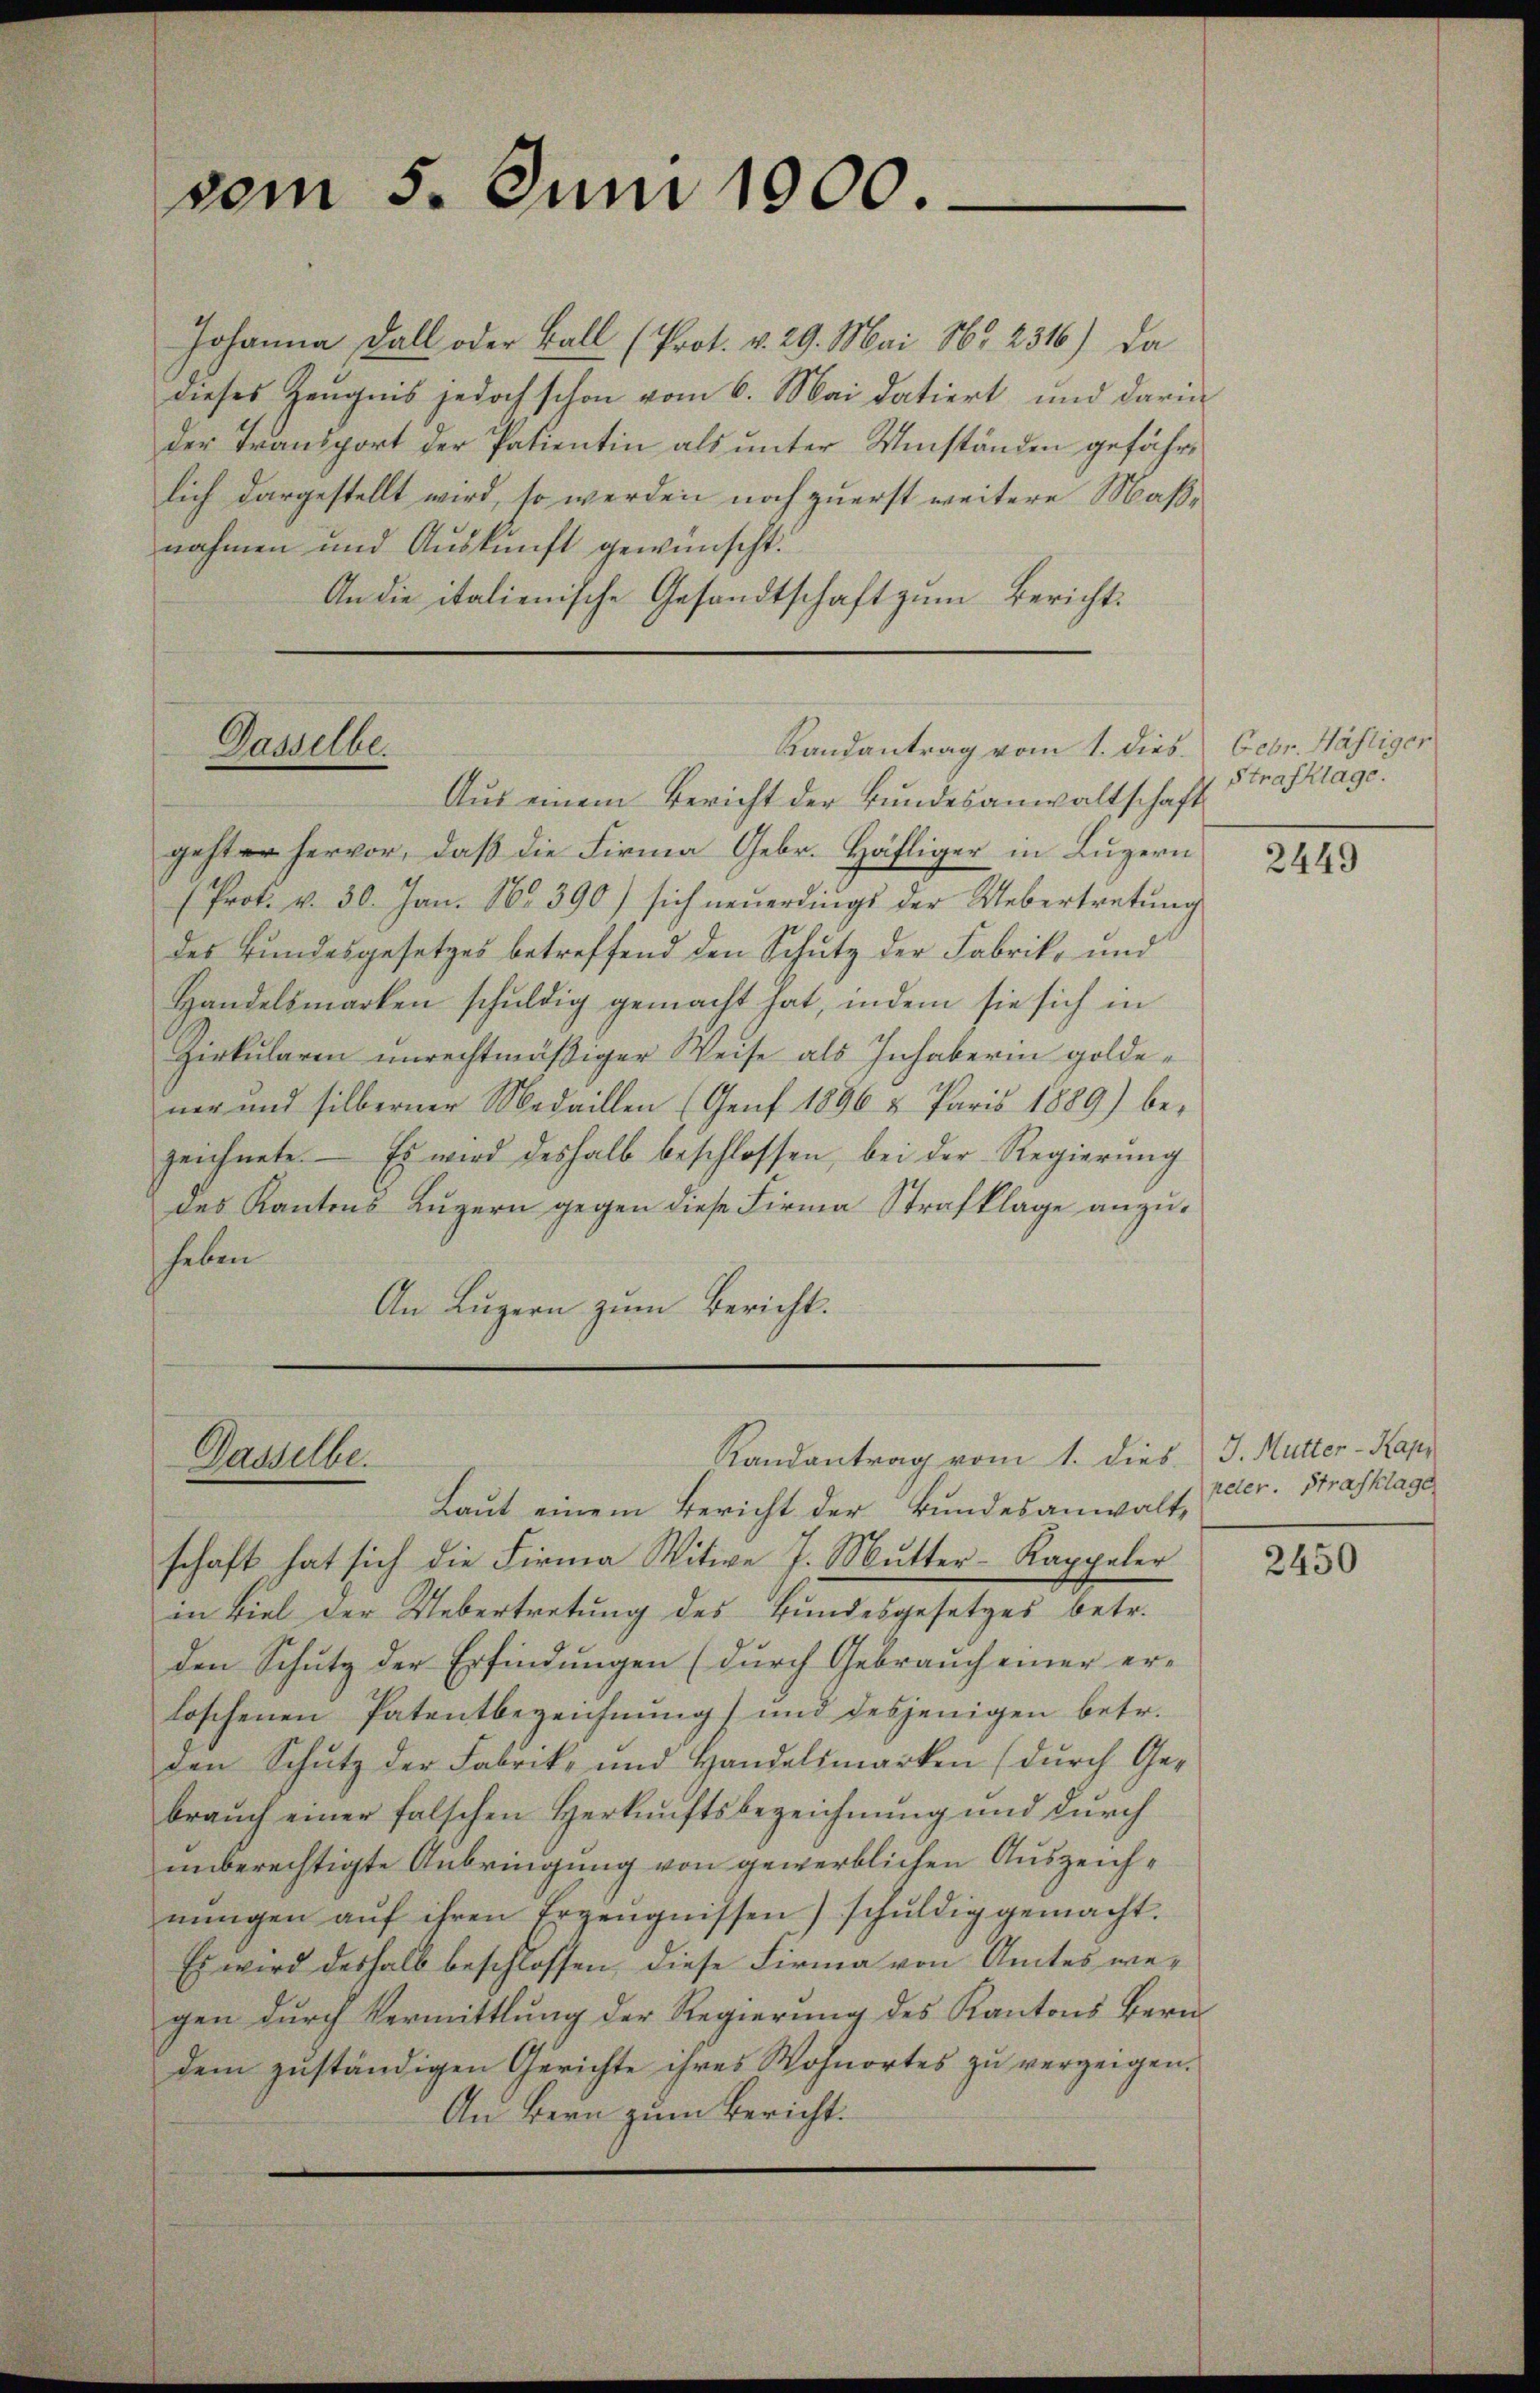
vom 5. Juni 1000.

Johanna Fall oder Ball (Prot. v. 29. Mai 1862 2316) Da
dieses Zeugnis jedoch schon vom 6. Mai datiert und darin
der Transport der Patientin als unter Umständen gefährlich dargestellt wird, so werden noch zuerst weitere Maßnahmen und Auskunft gewünscht.
An die italienische Gesandtschaft zum Bericht:

Dasselbe.

Dasselbe.

Aus einem Bericht der Bundesanwaltschaft
gehter hervor, daß die Firma Gebr. Häfliger in Luzern
(Prot. v. 30. Jan. 16. 390) sich neŭerdings der Uebertretŭng
des Bundesgesetzes betreffend den Schutz der Fabrik- und
Handelsmarken schuldig gemacht hat, indem sie sich in
Zirkularen unrechtmäßiger Weise als Inhaberin goldener und silberner Medaillen (Genf 1896 u. Paris 1889) be-
zeichnete. Es wird deshalb beschlossen, bei der Regierŭng
des Kantons Luzern gegen diese Firma Strafklage anzuheben
An Luzern zum Bericht.

Randantrag vom 1. dies. Febr. Wähliger

Randantrag vom 1. dies J. Mutter-Kap¬

Laut einem Bericht der Bundesanwalt-
schaft hat sich die Firma Witwe J. Mutter-Kappeler
in Biel der Uebertretung des Bundesgesetzes betr.
den Schutz der Erfindungen (durch Gebrauch einer er-
loschenen Patentbezeichnung) und desjenigen betr.
den Schutz der Fabrik- und Handelsmarken (durch Gebraŭch einer falschen Herkunftsbezeichnung und durch
unberechtigte Anbringung von gewerblichen Auszeichnŭngen aŭf ihren Erzeŭgnissen) schŭldig gemacht.
Es wird deshalb beschlossen, diese Firma von Amtes wegen durch Vermittlung der Regierung des Kantons Berndem zuständigen Gerichte ihres Wohnortes zu verzeigen.
An Bern zum Bericht.

Strafklage.

2449

aeter. Strafklage

2450